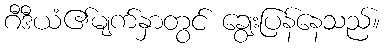
ဂီဒီယံ၏မျက်နှာတွင် ချွေးပြန်နေသည်။